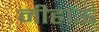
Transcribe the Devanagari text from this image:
नीहाऊ